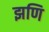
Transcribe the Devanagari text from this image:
झणि